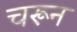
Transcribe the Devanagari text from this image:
चरून